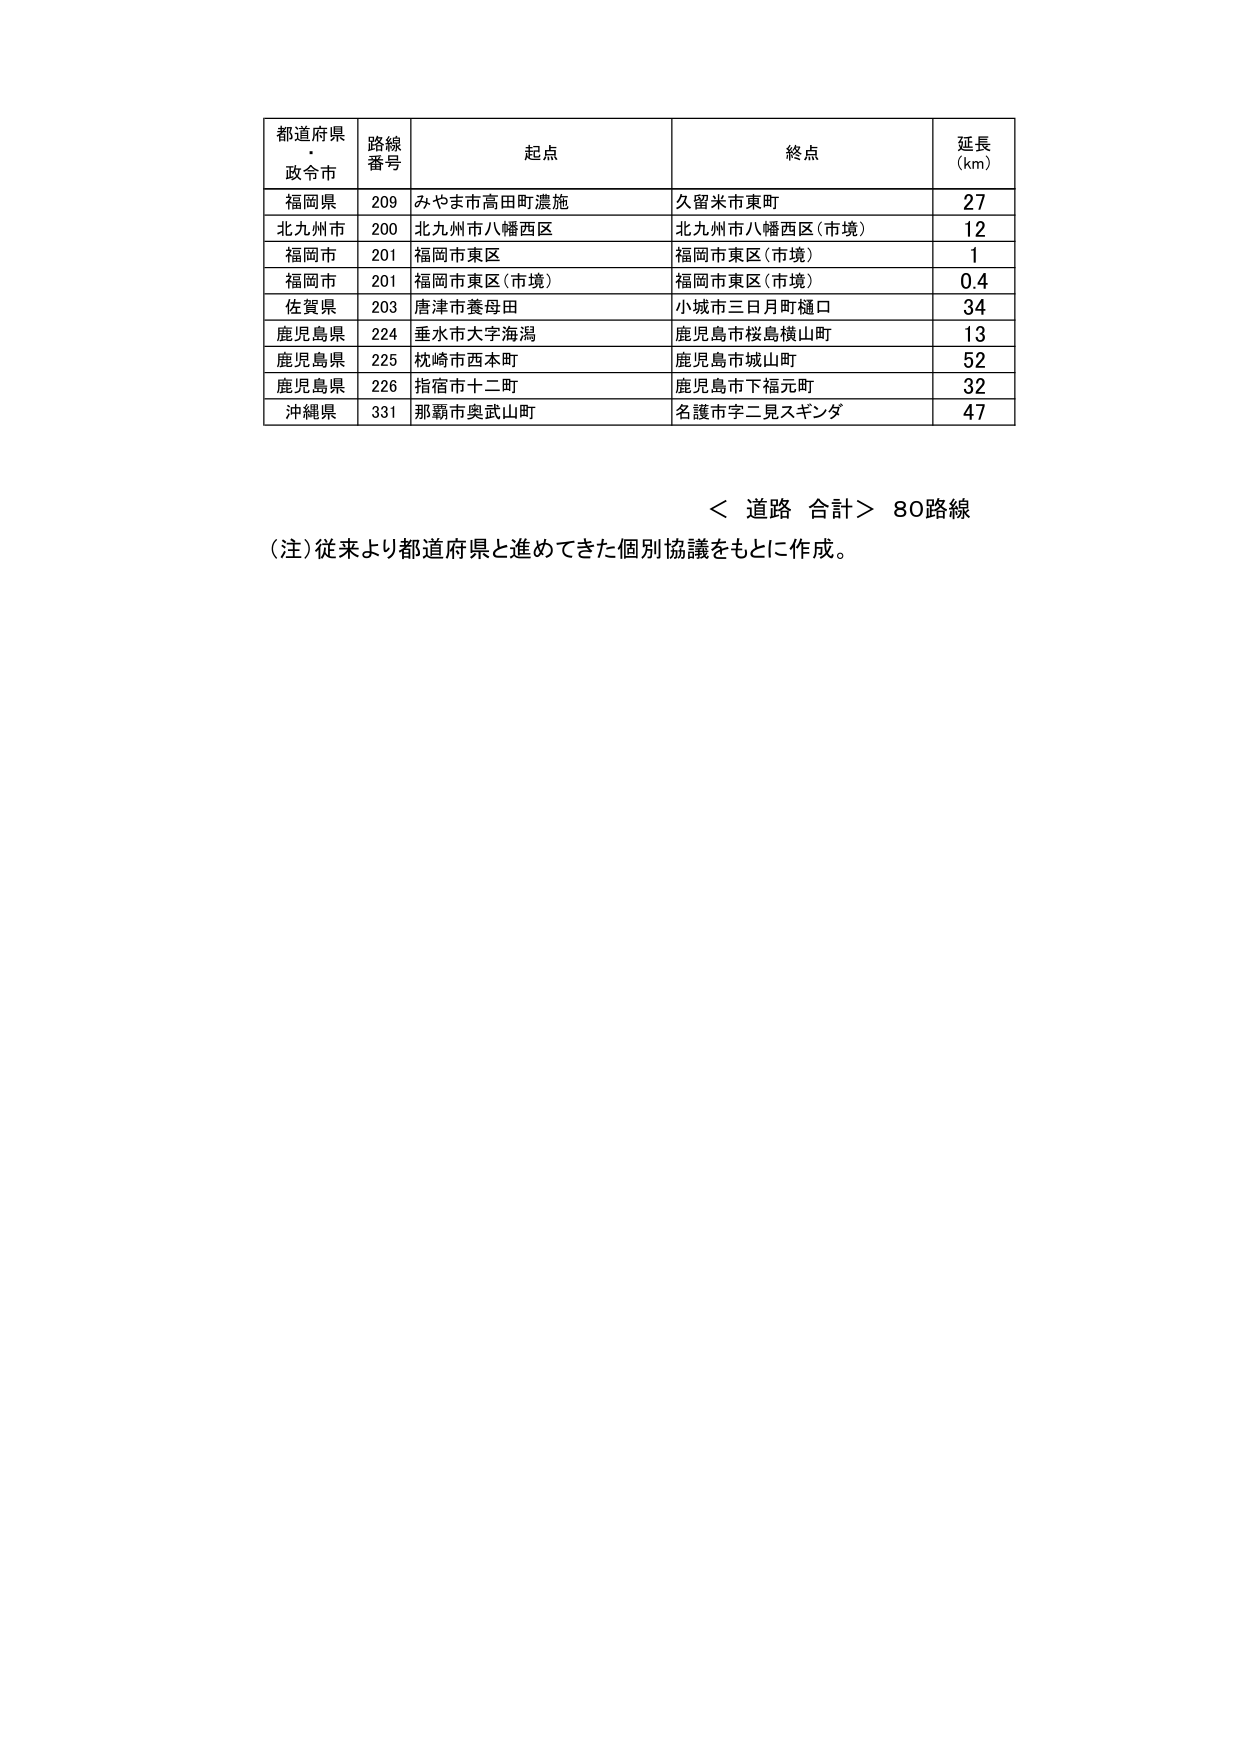
都道府県
・
政令市

路線
番号

起点

終点

延長
(km)

福岡県
209
みやま市高田町濃施
久留米市東町
27

北九州市
200
北九州市八幡西区
北九州市八幡西区(市境)
12

福岡市
201
福岡市東区
福岡市東区(市境)
1

福岡市
201
福岡市東区(市境)
福岡市東区(市境)
0.4

佐賀県
203
唐津市養母田
小城市三日月町樋口
34

鹿児島県
224
垂水市大字海潟
鹿児島市桜島横山町
13

鹿児島県
225
枕崎市西本町
鹿児島市城山町
52

鹿児島県
226
指宿市十二町
鹿児島市下福元町
32

沖縄県
331
那覇市奥武山町
名護市字二見スギンダ
47

＜ 道路 合計＞ 80路線

（注）従来より都道府県と進めてきた個別協議をもとに作成。